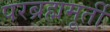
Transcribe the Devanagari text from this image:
परब्रह्ममूर्ती